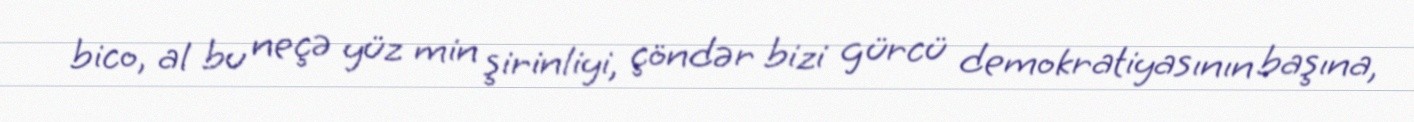
bico, al bu neçə yüz min şirinliyi, çöndər bizi gürcü demokratiyasının başına,